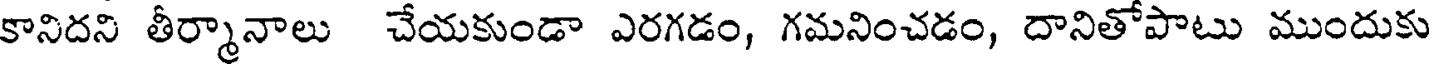
కానిదని తీర్మానాలు చేయకుండా ఎరగడం, గమనించడం, దానితోపాటు ముందుకు